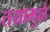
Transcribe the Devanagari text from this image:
तयामुळे